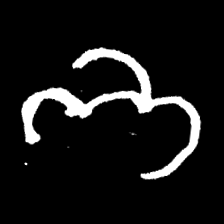
Pyu character \u2014 Myanmar letter: ဘ (romanized: bha)